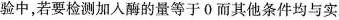
验中，若要检测加入酶的量等于0而其他条件均与实